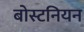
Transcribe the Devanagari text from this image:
बोस्टनियन